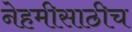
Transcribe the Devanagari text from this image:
नेहमीसाठीच